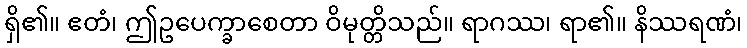
ရှိ၏။ ဧတံ၊ ဤဥပေက္ခာစေတာ ဝိမုတ္တိသည်။ ရာဂဿ၊ ရာ၏။ နိဿရဏံ၊